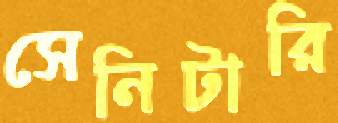
সেনিটারি